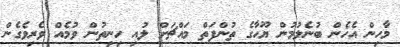
މާހިން އެހެން ބުނެލުމުން ޔޫހާގެ ތުންފަތް މައްޗަށް ލުއި ހިނިތުން ވުމެއް ވެރިވެގެން